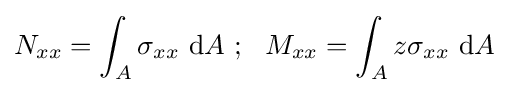
N_{xx}=\int _{A}\sigma _{xx}~\mathrm {d} A~;~~M_{xx}=\int _{A}z\sigma _{xx}~\mathrm {d} A